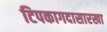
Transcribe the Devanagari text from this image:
टिपकागदासारखा